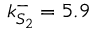
k _ { S _ { 2 } } ^ { - } = 5 . 9